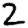
Digit: 2